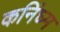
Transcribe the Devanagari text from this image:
कनिंघ्म